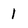
Character: 1